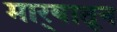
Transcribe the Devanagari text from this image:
मार्‍यातून